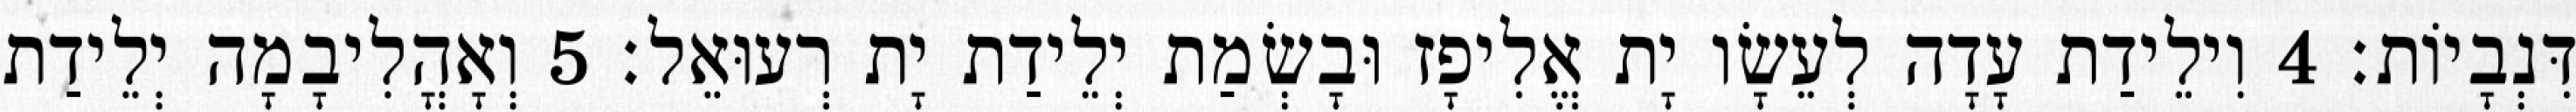
דִּנְבָיוֹת׃ 4 וִילֵידַת עָדָה לְעֵשָׂו יָת אֱלִיפָז וּבָשְׂמַת יְלֵידַת יָת רְעוּאֵל׃ 5 וְאָהֳלִיבָמָה יְלֵידַת